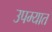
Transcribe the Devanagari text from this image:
उपम्यात